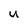
Character: u